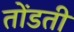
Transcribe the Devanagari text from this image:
तोंडती